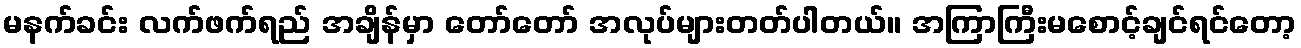
မနက်ခင်း လက်ဖက်ရည် အချိန်မှာ တော်တော် အလုပ်များတတ်ပါတယ်။ အကြာကြီးမစောင့်ချင်ရင်တော့